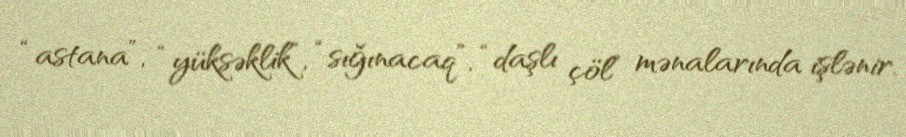
“astana”, “yüksəklik”, “sığınacaq”, “daşlı çöl” mənalarında işlənir.